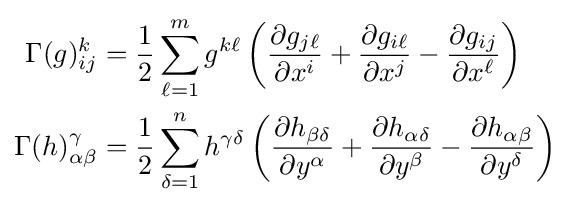
{\begin{aligned}\Gamma (g)_{ij}^{k}&={\frac {1}{2}}\sum _{\ell =1}^{m}g^{k\ell }\left({\frac {\partial g_{j\ell }}{\partial x^{i}}}+{\frac {\partial g_{i\ell }}{\partial x^{j}}}-{\frac {\partial g_{ij}}{\partial x^{\ell }}}\right)\\\Gamma (h)_{\alpha \beta }^{\gamma }&={\frac {1}{2}}\sum _{\delta =1}^{n}h^{\gamma \delta }\left({\frac {\partial h_{\beta \delta }}{\partial y^{\alpha }}}+{\frac {\partial h_{\alpha \delta }}{\partial y^{\beta }}}-{\frac {\partial h_{\alpha \beta }}{\partial y^{\delta }}}\right)\end{aligned}}